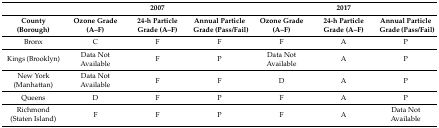
<table><thead><tr><td></td><td colspan="3"><b>2007</b></td><td colspan="3"><b>2017</b></td></tr><tr><td><b>County (Borough)</b></td><td><b>Ozone Grade (A–F)</b></td><td><b>24-h Particle Grade (A–F)</b></td><td><b>Annual Particle Grade (Pass/Fail)</b></td><td><b>Ozone Grade (A–F)</b></td><td><b>24-h Particle Grade (A–F)</b></td><td><b>Annual Particle Grade (Pass/Fail)</b></td></tr></thead><tbody><tr><td>Bronx</td><td>C</td><td>F</td><td>F</td><td>F</td><td>A</td><td>P</td></tr><tr><td>Kings (Brooklyn)</td><td>Data Not Available</td><td>F</td><td>P</td><td>Data Not Available</td><td>A</td><td>P</td></tr><tr><td>New York (Manhattan)</td><td>Data Not Available</td><td>F</td><td>F</td><td>D</td><td>A</td><td>P</td></tr><tr><td>Queens</td><td>D</td><td>F</td><td>P</td><td>F</td><td>A</td><td>P</td></tr><tr><td>Richmond (Staten Island)</td><td>F</td><td>F</td><td>P</td><td>F</td><td>A</td><td>Data Not Available</td></tr></tbody></table>